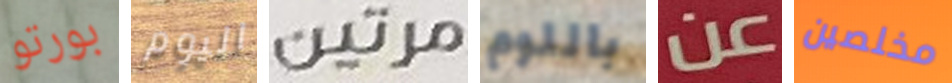
بورتو اليوم مرتين باللوم عن مخلصين